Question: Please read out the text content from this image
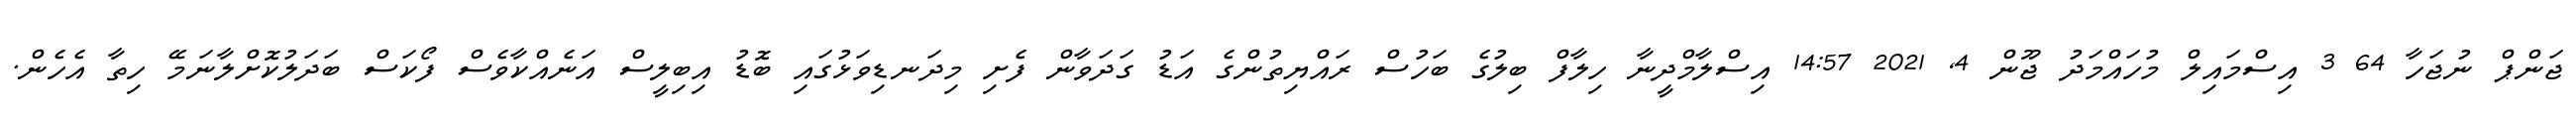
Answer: ޖަންޕް ނުޖަހާ 64 3 އިސްމައިލް މުހައްމަދު ޖޫން 4, 2021 14:57 އިސްލާމްދީނާ ހިލާފް ބިލުގެ ބަހުސް ރައްޔިތުންގެ އަޑު ގަދަވާން ފެށި މިދަނޑިވަޅުގައި ބޮޑު އިބިލީސް އަނެއްކާވެސް ފޯކަސް ބަދަލުކޮށްލާނަމޭ ހިތާ އެހެން.